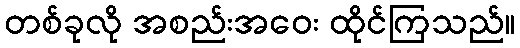
တစ်ခုလို အစည်းအဝေး ထိုင်ကြသည်။